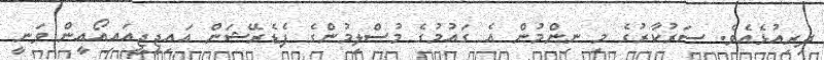
ދިރިއުޅެއެވެ. ސަރުކާރުގެ މި ނިންމުން އެ ގައުމުގެ މުސްލިމުންގެ ފެޑެރޭޝަން އައިޖީޖީއައިއޯއީން ވަނީ